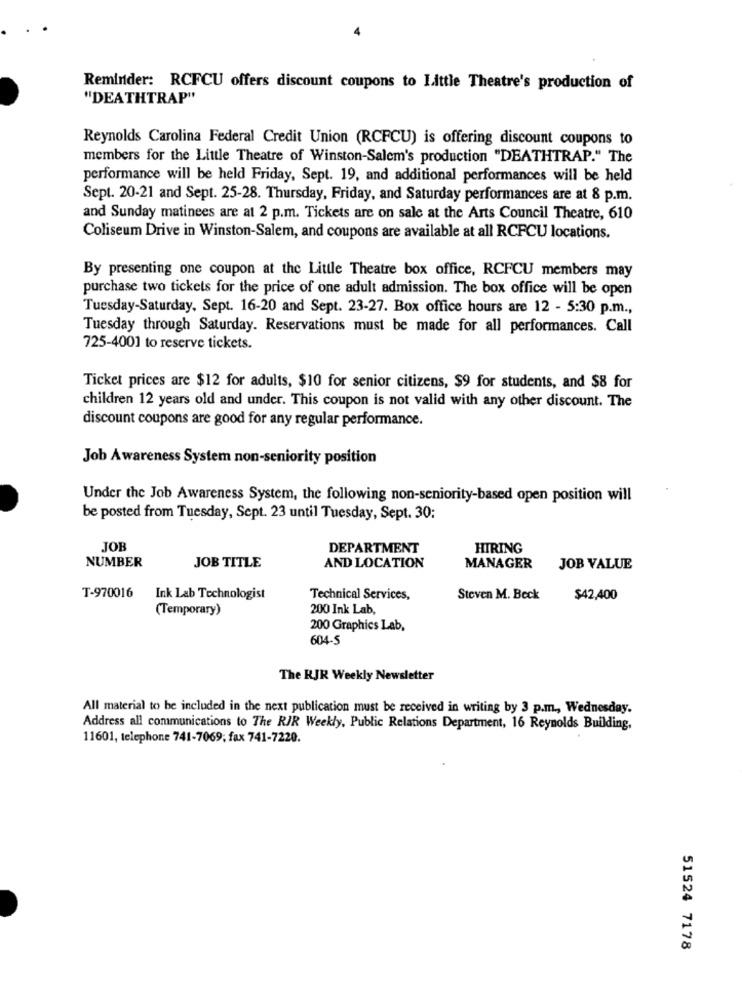
Reminder: RCFCU offers discount coupons to Little Theatre's production of
"DEATHTRAP"
Reynolds Carolina Federal Credit Union (RCFCU) is offering discount coupons to
members for the Little Theatre of Winston-Salem's production "DEATHTRAP." The
performance will be held Friday, Sept. 19, and additional performances will be held
Sept. 20-21 and Sept. 25-28. Thursday, Friday, and Saturday performances are at & p.m.
and Sunday matinees are at 2 p.m. Tickets are on sale at the Arts Council Theatre, 610
Coliseum Drive in Winston-Salem, and coupons are available at all RCFCU locations.
By presenting one coupon at the Little Theatre box office, RCFCU members may
purchase two tickets for the price of one adult admission. The box office will be open
Tuesday-Saturday, Sept. 16-20 and Sept. 23-27. Box office hours are 12 - 5:30 p.m .,
Tuesday through Saturday. Reservations must be made for all performances. Call
725-4001 to reserve tickets.
Ticket prices are $12 for adults, $10 for senior citizens, $9 for students, and $8 for
children 12 years old and under. This coupon is not valid with any other discount. The
discount coupons are good for any regular performance.
Job Awareness System non-seniority position
Under the Job Awareness System, the following non-seniority-based open position will
be posted from Tuesday, Sept. 23 until Tuesday, Sept. 30:
JOE
DEPARTMENT
HIRING
NUMBER
JOB TITLE
AND LOCATION
MANAGER
JOB VALUE
T-970016
Ink Lab Technologist
Technical Services,
Steven M. Beck
$42,400
(Temporary)
200 Ink Lab,
200 Graphics Lab,
604-5
The RJK Weekly Newsletter
All material to be included in the next publication must be received in writing by 3 p.m ., Wednesday.
Address all communications to The RIR Weekly, Public Relations Department, 16 Reynolds Building,
11601, telephone 741-7069; fax 741-7220.
51524 7178